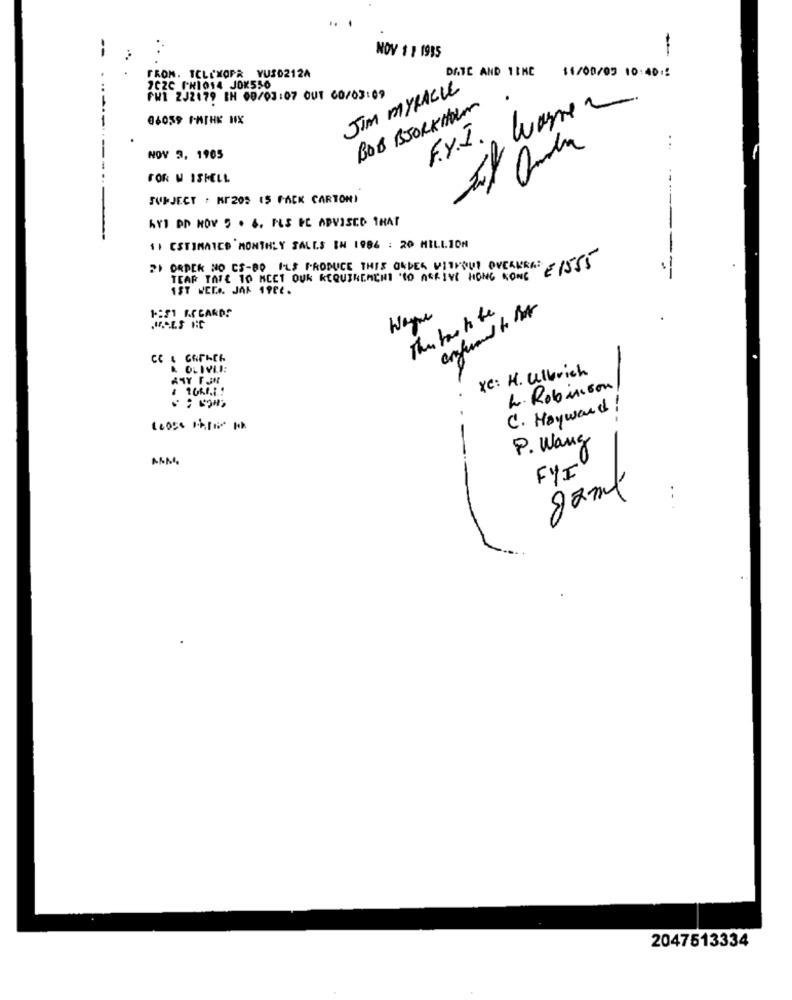
NOV $ 1 1935
FRON. TCLIXOPR YUS0212A
DATE AND TIME
11/08/09 10:40 :
JCZC PHI014 JOK556
JIM MYRACLE
FWI 2J2179 IN 00/03:07 OUT 60/03:09
BOB BJORKHAUM
06039 FATHE NIX
...
NOV 3, 1905
------.
FOR MISHELL
SUBJECT : Mr205 15 PACK CARTON)
LYD PO HOV 5 . 4. ILS PC ADVISED THAT
11 ESTIMATED MONTHLY SALES IN 1984 : 20 MILLION
21 ORDER NO CS-DO ILS PRODUCE THIS ORDER WITHOUT OVERURE: 1555
TEAR TASE TO MEET OUR REQUIREMENT TO ARRIVE HONG KONG
1ST WER .. JAK 19Et.
This has to be
enfuned to ht
1:51 ACCARDS
XC: H. Ulbrich
L. Robinson
C. Hayward !
P. Wang
ANM
FYI
82ml
...
2047513334